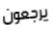
يرجعون